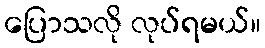
ပြောသလို လုပ်ရမယ်။